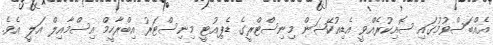
އެއްބަސްވުމުގައި ސޮއިކުރެއްވީ އެޑިއުކޭޝަން މިނިސްޓްރީގެ ޑެޕިއުޓީ މިނިސްޓަރު އިބްރާހީމް އިސްމާއިލް އަލީ އެވެ.